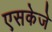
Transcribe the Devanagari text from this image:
एसकेजे